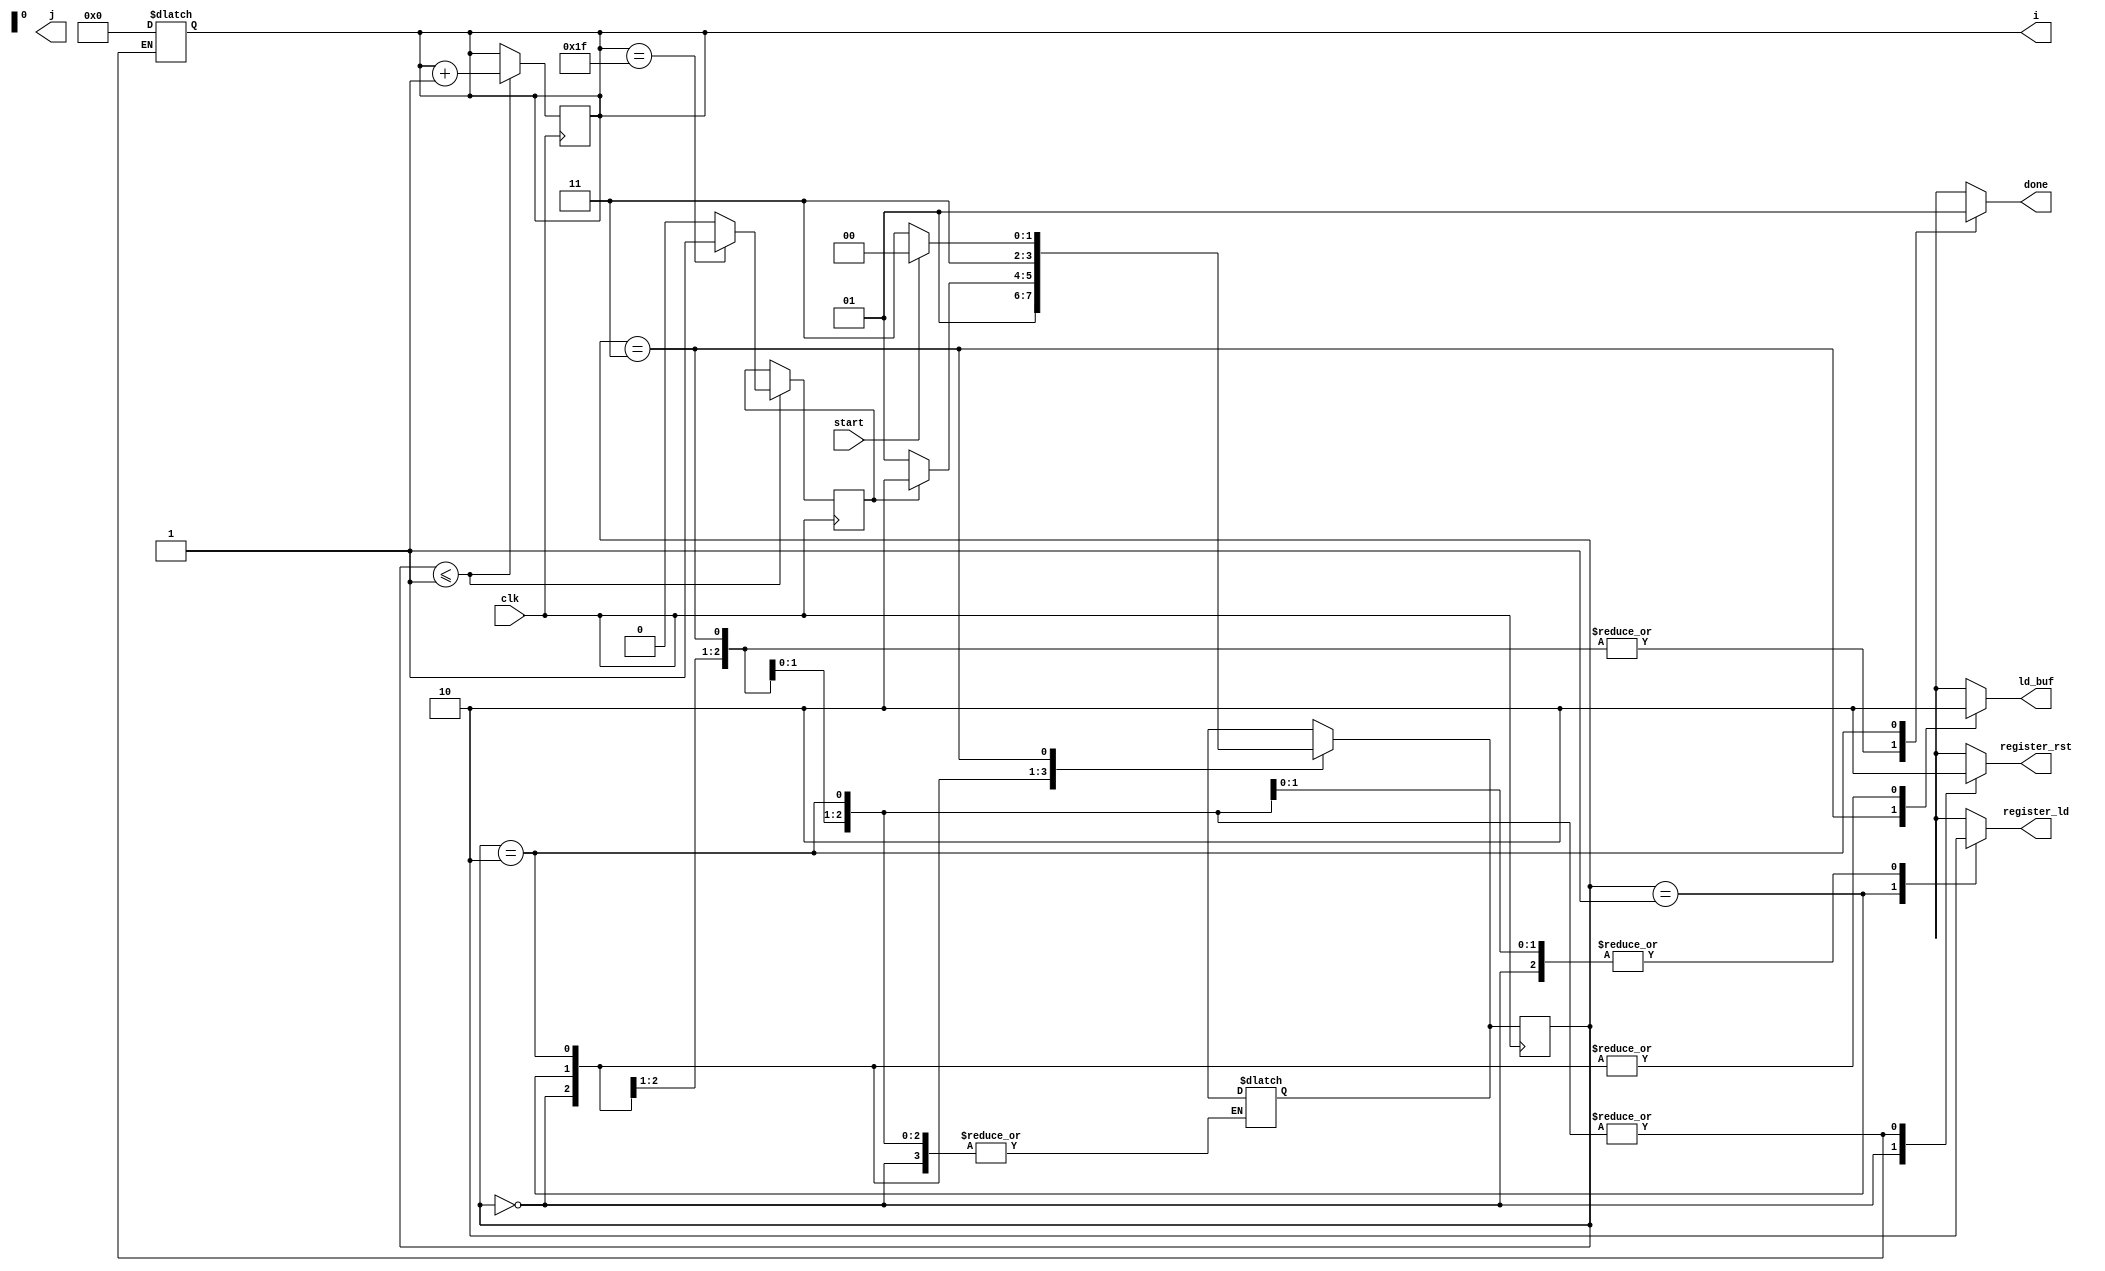
module mac_controller(input clk , start , output reg [4:0]i , j ,output reg done,ld_buf, register_rst,register_ld);
    parameter A =2'd0, B=2'd1  ,D=2'd3, C = 2'd2;
    reg counter_rst;
    wire coi,coj;
    reg eni, enj;
    reg flag=0 ;
    reg [1:0] ps , ns;
    always @(*)
    begin
        case(ps)
        A: begin
            ns = B;
        end
        B:begin
            ns = flag? C:B;
        end
        C:
        begin 
          ns = D;
        end
        D : begin
          ns = start ? A:D;
        end
        default:begin
          ns = D;
        end
        endcase
    end
    always @(*)begin
        {eni,enj,done,register_rst,register_ld,counter_rst,ld_buf}=7'd0;
        case(ps)
        A: begin
            register_rst =1;
            i=3'd0;
            // ld_buf=1 ;
        end
        B:begin
            register_ld = 1;
        end
        D : 
        begin
          ld_buf =1 ;
        end
        C :
        begin
            done= 1 ;
        end
        default:begin
          ns = D;
        end
        endcase
    end
    always @(posedge clk)
    begin
      ps<=ns;
      if(ps<= B)begin
            i<= i + 5'd1;
            if (i == 5'd31)
              flag = 1;
            else
              flag = 0;
      end 

    end
endmodule